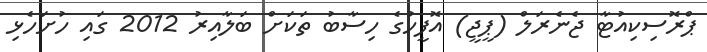
ޕްރޮސިކިއުޓާ ޖެނެރަލް (ޕީޖީ) އޮފީހުގެ ހިސާބު ތަކަށް ބަލާއިރު 2012 ގައި ހުށަހެޅި